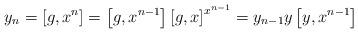
LaTeX: \begin{align*} y_n = \left[g,x^{n}\right] = \left[g,x^{n-1}\right] \left[g,x\right]^{x^{n-1}} = y_{n-1} y \left[y,x^{n-1}\right]\end{align*}